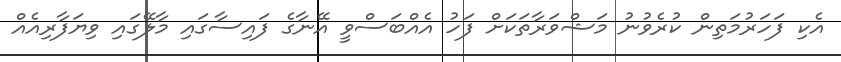
އެކި ފަހަރުމަތިން ކުރެވުނު މަޝްވަރާތަކަށް ފަހު އެއްބަސްވީ އޭނާގެ ފައިސާގައި މާލޭގައި ވިޔަފާރިއެއް